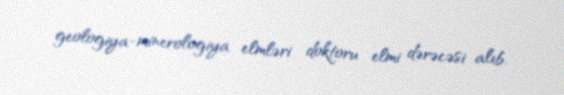
geologiya-minerologiya elmləri doktoru elmi dərəcəsi alıb.